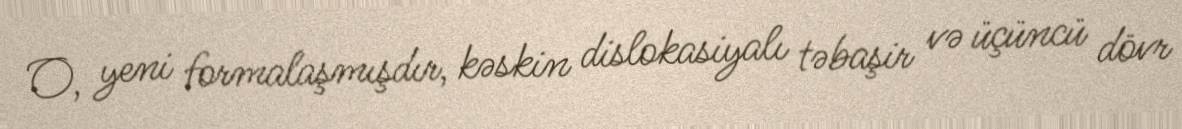
O, yeni formalaşmışdır, kəskin dislokasiyalı təbaşir və üçüncü dövr